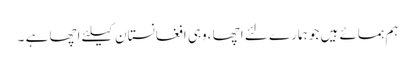
ہم ہمسائے ہیں جو ہمارے لئے اچھا ،وہی افغانستان کیلئے اچھا ہے ۔